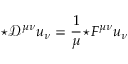
{ \star { \mathcal { D } } ^ { \mu \nu } } u _ { \nu } = { \frac { 1 } { \mu } } { \star F ^ { \mu \nu } } u _ { \nu }